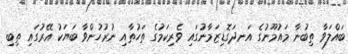
ބައްލަވާ ތިބުނާ މައުމޫނުގެ އަނދަގޮޑިޒަމާނުގައި ވެރިކަމުގެ ތަހުތާއި ނުރުހުންވާ ބަޔަކު އޭރުގައި ތިބި